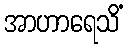
အာဟာရေသိံ